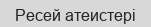
Ресей атеистері